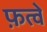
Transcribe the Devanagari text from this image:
फ़त्वे